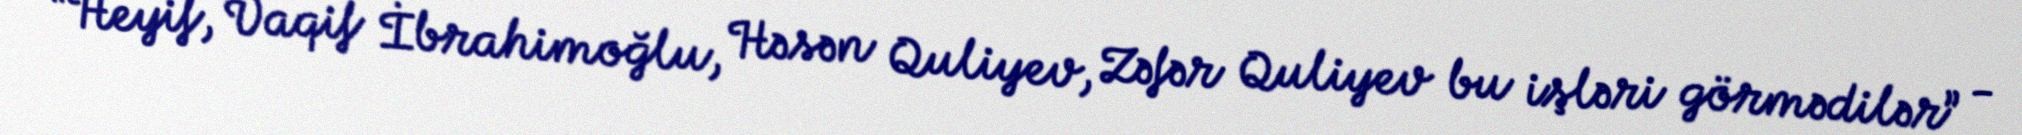
“Heyif, Vaqif İbrahimoğlu, Həsən Quliyev, Zəfər Quliyev bu işləri görmədilər” -